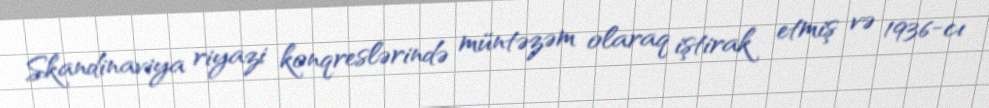
Skandinaviya riyazi konqreslərində müntəzəm olaraq iştirak etmiş və 1936-cı